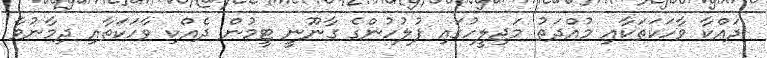
ދައްކާ ވާހަކަތަކާއި މުއްދަތު މަޖިލީހުގައި ފުލުހުންގެ ގާނޫނީ ޓީމުން ދެއްކި ވާހަކަތާއި ދިމާނުވާ